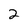
Character: 2